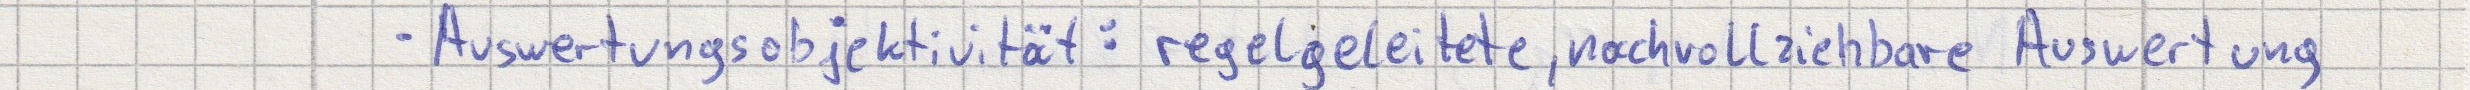
- Auswertungsobjektivität: regelgeleitete, nachvollziehbare Auswertung